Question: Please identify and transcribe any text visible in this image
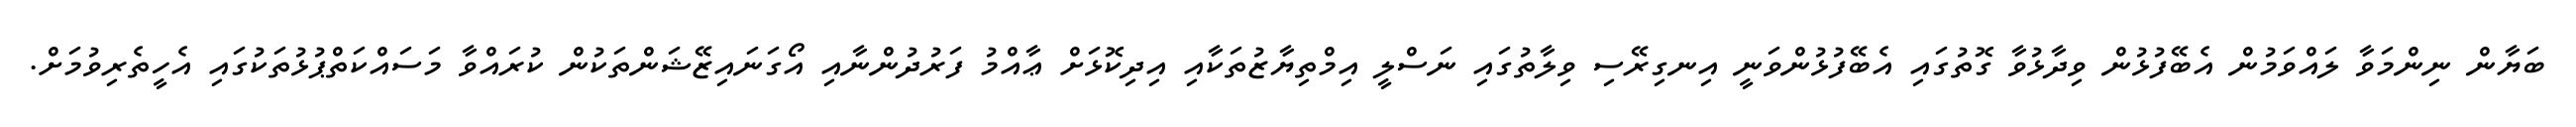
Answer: ބަޔާން ނިންމަވާ ލައްވަމުން އެބޭފުޅުން ވިދާޅުވާ ގޮތުގައި އެބޭފުޅުންވަނީ އިނގިރޭސި ވިލާތުގައި ނަސްލީ އިމްތިޔާޒުތަކާއި އިދިކޮޅަށް ޢާއްމު ފަރުދުންނާއި އޯގަނައިޒޭޝަންތަކުން ކުރައްވާ މަސައްކަތްޕުޅުތަކުގައި އެހީތެރިވުމަށް.